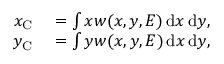
\begin{array} { r l } { x _ { \mathrm { C } } } & { { } = \int x w ( x , y , E ) \, \mathrm { d } x \, \mathrm { d } y , } \\ { y _ { \mathrm { C } } } & { { } = \int y w ( x , y , E ) \, \mathrm { d } x \, \mathrm { d } y , } \end{array}